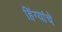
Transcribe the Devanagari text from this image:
हिंग्यांचे